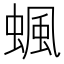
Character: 𧍯